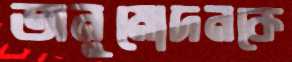
অনুমোদনকে